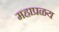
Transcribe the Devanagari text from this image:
महाप्रळय